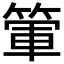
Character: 𥰃